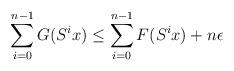
LaTeX: \begin{align*}\sum_{i=0}^{n-1}G(S^{i}x)\leq \sum_{i=0}^{n-1}F(S^{i}x)+n\epsilon \end{align*}